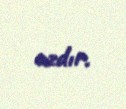
azdır.